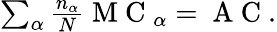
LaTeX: \begin{array}{r}{\sum_{\alpha}\frac{n_{\alpha}}{N}\mathrm{~M~C~}_{\alpha}=\mathrm{~A~C~}.}\end{array}